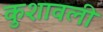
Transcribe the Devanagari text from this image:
कुशावली